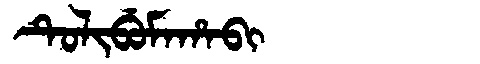
Manchu: ᡨᡠᠯᡳᠪᡠᠮᠠᡥᠠᠪᡳ
Romanization: TULIBUMAHABI